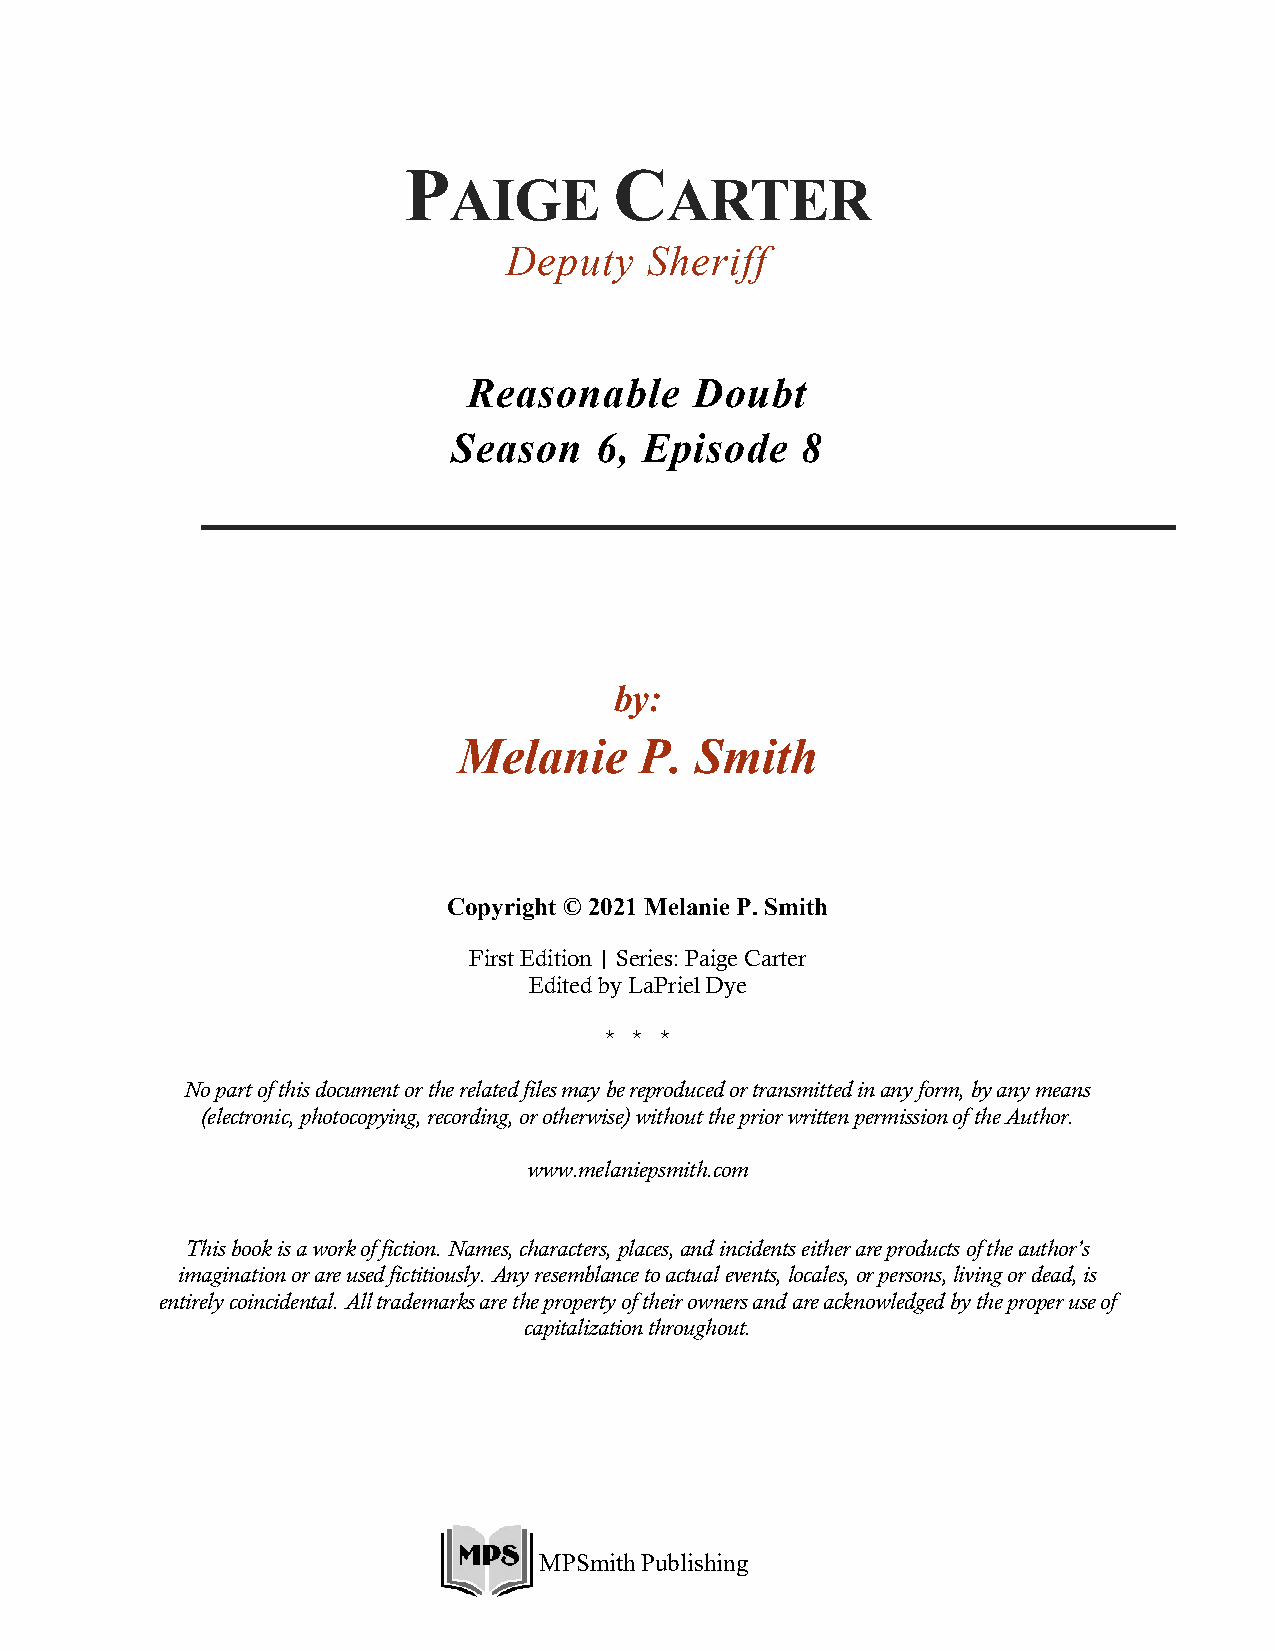
P             C
 AIGE          ARTER
 Deputy    Sheriff
 Reasonable     Doubt
 Season   6,  Episode   8
 by:
 Melanie     P.  Smith
 Copyright © 2021 Melanie P. Smith
 First Edition | Series: Paige Carter
 Edited by LaPriel Dye
 * * *
 No part of this document or the related files may be reproduced or transmitted in any form, by any means
 (electronic, photocopying, recording, or otherwise) without the prior written permission of the Author.
 www.melaniepsmith.com
 This book is a work of fiction. Names, characters, places, and incidents either are products of the author’s
 imagination or are used fictitiously. Any resemblance to actual events, locales, or persons, living or dead, is
 entirely coincidental. All trademarks are the property of their owners and are acknowledged by the proper use of
 capitalization throughout.
 MPSmith Publishing